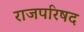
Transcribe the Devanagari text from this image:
राजपरिषद